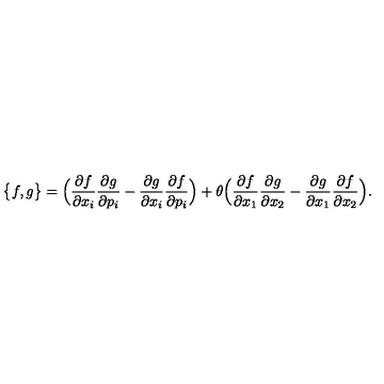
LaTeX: \big \{ f , g \big \} = \Big ( \frac { \partial f } { \partial x _ { i } } \frac { \partial g } { \partial p _ { i } } - \frac { \partial g } { \partial x _ { i } } \frac { \partial f } { \partial p _ { i } } \Big ) + \theta \Big ( \frac { \partial f } { \partial x _ { 1 } } \frac { \partial g } { \partial x _ { 2 } } - \frac { \partial g } { \partial x _ { 1 } } \frac { \partial f } { \partial x _ { 2 } } \Big ) .